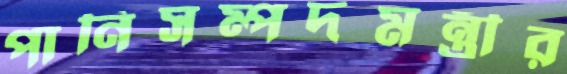
পানিসম্পদমন্ত্রীর